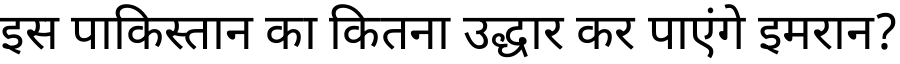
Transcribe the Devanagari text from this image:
इस पाकिस्तान का कितना उद्धार कर पाएंगे इमरान?